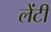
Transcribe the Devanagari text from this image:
लेंटी